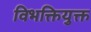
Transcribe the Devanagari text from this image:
विभक्तियुक्त